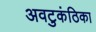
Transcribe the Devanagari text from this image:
अवटुकंठिका